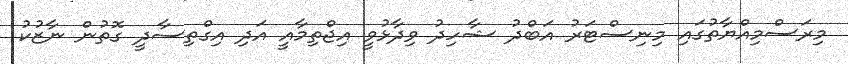
މިރަސްމިއްޔާތުގައި މިނިސްޓަރު އަބްދު ޝާހިދު ވިދާޅުވީ އިޖްތިމާއީ އަދި އިގްތިސާދީ ގޮތުން ނާޒުކު